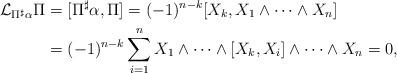
LaTeX: \begin{align*} \mathcal{L}_{\Pi^{\sharp} \alpha} \Pi &= [\Pi^{\sharp} \alpha, \Pi] = (-1)^{n-k}[X_k, X_1 \wedge \cdots \wedge X_n] \\& = (-1)^{n-k}\sum_{i=1}^nX_1 \wedge \cdots \wedge[X_k, X_i]\wedge \cdots \wedge X_n =0,\end{align*}